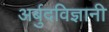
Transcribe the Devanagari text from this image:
अर्बुदविज्ञानी